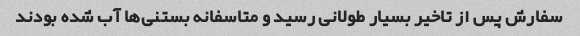
سفارش پس از تاخیر بسیار طولانی رسید و متاسفانه بستنی‌ها آب شده بودند